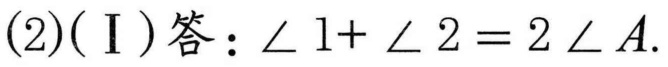
(2)(Ⅰ)答：$\angle 1+\angle 2 = 2\angle A$.